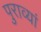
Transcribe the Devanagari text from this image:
पुराव्यां